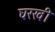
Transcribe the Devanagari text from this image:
घरखी